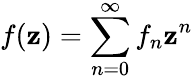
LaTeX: f(\mathbf{z})=\sum_{n=0}^{\infty}{f_{n}\mathbf{z}^{n}}